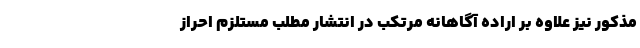
مذکور نیز علاوه بر اراده آگاهانه مرتکب در انتشار مطلب مستلزم احراز